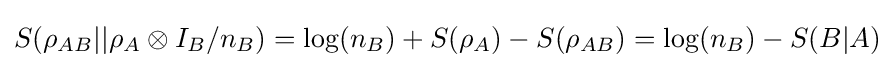
S(\rho _{AB}||\rho _{A}\otimes I_{B}/n_{B})=\mathrm {log} (n_{B})+S(\rho _{A})-S(\rho _{AB})=\mathrm {log} (n_{B})-S(B|A)